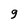
Character: 9